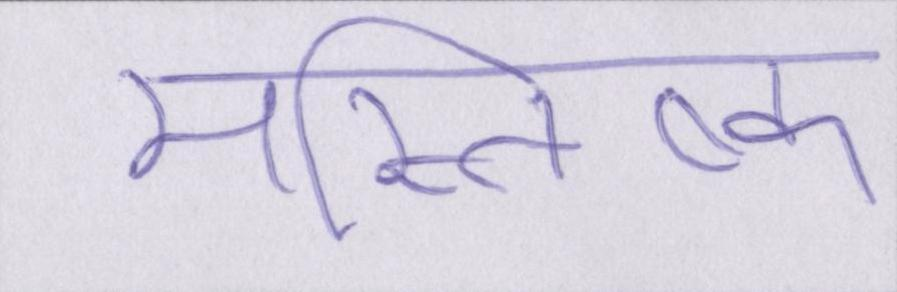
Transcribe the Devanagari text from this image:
मस्तिष्क